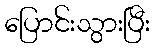
ပြောင်းသွားပြီး